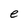
Character: e